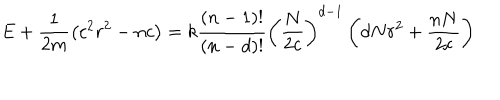
LaTeX: E + \frac { 1 } { 2 m } \left( c ^ { 2 } r ^ { 2 } - n c \right) = k \frac { \left( n - 1 \right) ! } { \left( n - d \right) ! } \left( \frac { N } { 2 c } \right) ^ { d - 1 } \left( d N r ^ { 2 } + \frac { n N } { 2 c } \right)